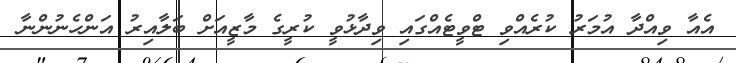
އެއާ ވިއްދާ އުމަރު ކުރެއްވި ޓްވީޓެއްގައި ވިދާޅުވީ ކުރީގެ މާޒީއަށް ބަލާއިރު އަންހެނުންނާ